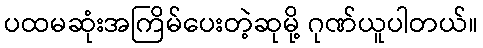
ပထမဆုံးအကြိမ်ပေးတဲ့ဆုမို့ ဂုဏ်ယူပါတယ်။